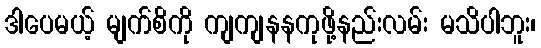
ဒါပေမယ့် မျက်စိကို ကျကျနနကုဖို့နည်းလမ်း မသိပါဘူး၊